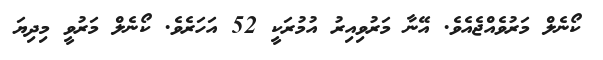
ކޯނެލް މަރުވެއްޖެއެވެ. އޭނާ މަރުވިއިރު އުމުރަކީ 52 އަހަރެވެ. ކޯނެލް މަރުވީ މިދިޔަ